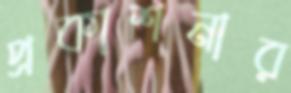
প্রকাশনার